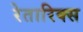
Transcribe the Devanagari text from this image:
रेतारिक्स